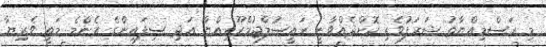
މި ރަސްމިއްޔާތު ޝަރަފުވެރި ކޮށްދެއްވާނީ ރައީސުލްޖުމްހޫރިއްޔާ އަދި ސިފައިންގެ އެންމެ މަތީ ވެރިޔާ